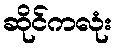
ဆိုင်ကလုံး